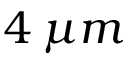
4 \: \mu m